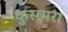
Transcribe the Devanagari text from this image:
कुसमरा